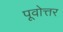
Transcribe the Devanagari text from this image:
पूवोत्तर